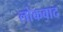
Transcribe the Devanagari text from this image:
लोकवाद